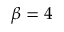
\beta = 4